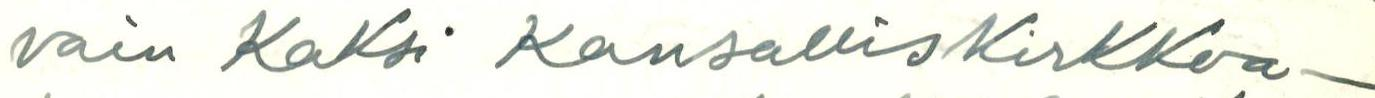
vain Kaksi KansallisKirkkoa-